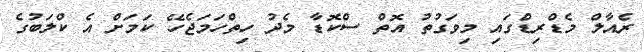
ރެއާލް މެޑްރިޑްގައި މިވަގުތު އޮތް ސްކޮޑާ މެދު ހިތްހަމަޖެހޭ ކަމަށް އެ ކްލަބުގެ